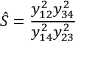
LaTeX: \hat { S } = { \frac { y _ { 1 2 } ^ { 2 } y _ { 3 4 } ^ { 2 } } { y _ { 1 4 } ^ { 2 } y _ { 2 3 } ^ { 2 } } }